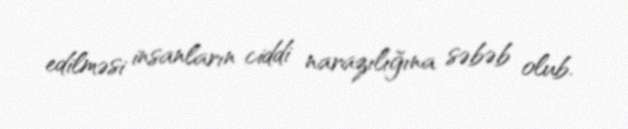
edilməsi insanların ciddi narazılığına səbəb olub.